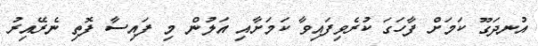
އުނދަގޫ ކަމަށް ފާހަގަ ކުރެވިފައިވާ ކަމަށާއި އަލުން މި ފައިސާ ފޮތި ނެރޭއިރު